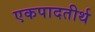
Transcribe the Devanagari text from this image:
एकपादतीर्थ